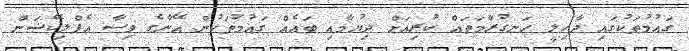
ގައުމުތަކުގައި ދާހިލީ ހަނގުރާމަތައް ކުރިއަށް ދިޔުމާއި ބައެއް ގައުމުތަކުން އޭނާގެ ވިސާ އެޕްލިކޭޝަން